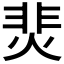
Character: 𩇭